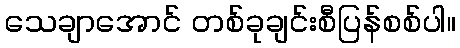
သေချာအောင် တစ်ခုချင်းစီပြန်စစ်ပါ။